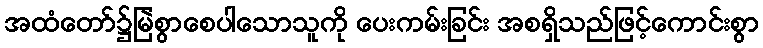
အထံတော်၌မြဲစွာစေပါသောသူကို ပေးကမ်းခြင်း အစရှိသည်ဖြင့်ကောင်းစွာ